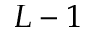
L - 1